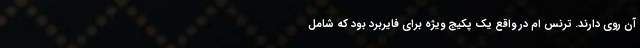
آن روی دارند. ترنس ام در واقع یک پکیج ویژه برای فایربرد بود که شامل